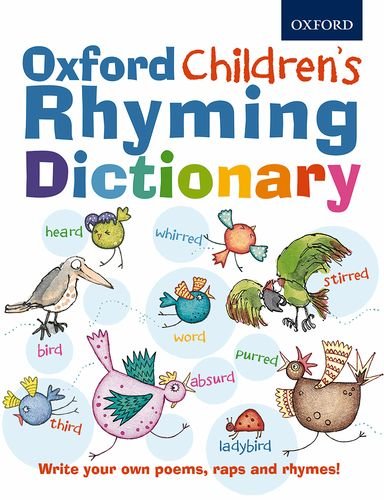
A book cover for Oxford Children's Rhyming Dictionary; John Foster; Teen & Young Adult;